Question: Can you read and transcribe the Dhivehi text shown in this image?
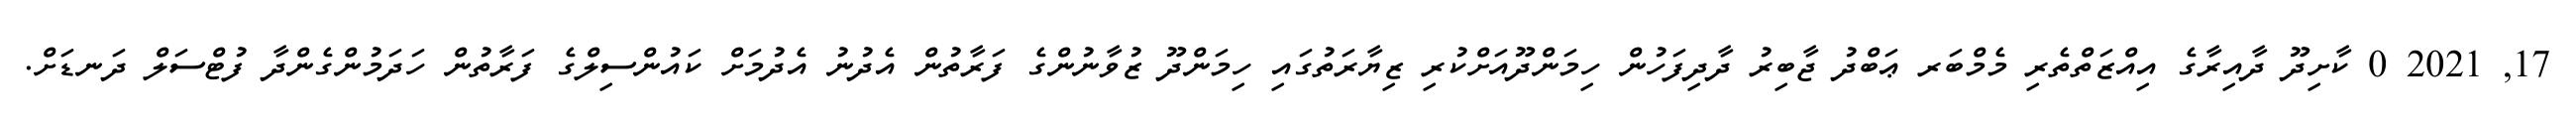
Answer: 17, 2021 0 ކާށިދޫ ދާއިރާގެ އިއްޒަތްތެރި މެމްބަރ ޢަބްދު ޖާބިރު ދާދިފަހުން ހިމަންދޫއަށްކުރި ޒިޔާރަތުގައި ހިމަންދޫ ޒުވާނުންގެ ފަރާތުން އެދުނު އެދުމަށް ކައުންސިލްގެ ފަރާތުން ހަދަމުންގެންދާ ފުޓްސަލް ދަނޑަށް.